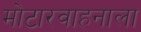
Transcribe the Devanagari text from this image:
मोटारवाहनाला